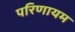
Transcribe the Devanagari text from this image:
परिणायम